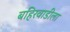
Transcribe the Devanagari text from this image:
बहिरवाडीला